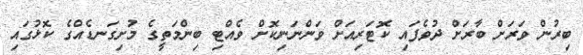
ބިރުން ވަރަށް ބާރަށް ދުވެފައި ކޮޓަރިއަށް ވަންނަނިކޮށް ވެއްޓި ބިންމަތީގެ މުށިގަނޑެއްގެ ކޮޅުގައި